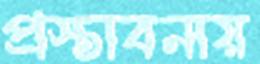
প্রস্তাবনায়